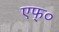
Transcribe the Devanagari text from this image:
एफ्०